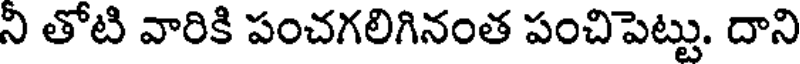
ని తోటి వారికి పంచగలిగినంత పంచిపెట్టు. దాని